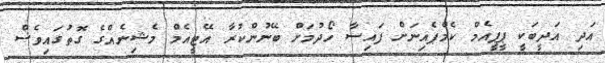
އަދި އަދީބަކީ ޕީޕީއެމް ކެމްޕެއިނަށް ފައިސާ ހޯދުމަށް ބޭނުންކުރާ އޭޓީއެމް މެޝިނެއްގެ ގޮތުގައިވެސް